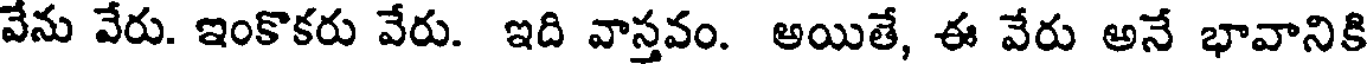
వేను వేరు. ఇంకొకరు వేరు. ఇది వాస్తవం. అయితే, ఈ వేరు అనే భావానికి